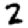
Digit: 2